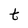
Character: t